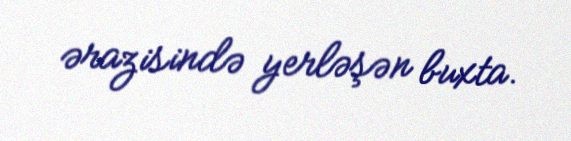
ərazisində yerləşən buxta.